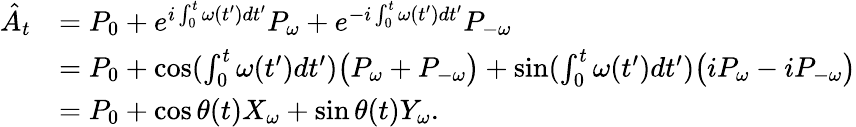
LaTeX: \begin{array}{rl}{\hat{A}_{t}}&{=P_{0}+e^{i\int_{0}^{t}\omega(t^{\prime})dt^{\prime}}P_{\omega}+e^{-i\int_{0}^{t}\omega(t^{\prime})dt^{\prime}}P_{-\omega}}\\ &{=P_{0}+\cos(\int_{0}^{t}\omega(t^{\prime})dt^{\prime})\big(P_{\omega}+P_{-\omega}\big)+\sin(\int_{0}^{t}\omega(t^{\prime})dt^{\prime})\big(iP_{\omega}-iP_{-\omega}\big)}\\ &{=P_{0}+\cos{\theta(t)}X_{\omega}+\sin{\theta(t)}Y_{\omega}.}\end{array}